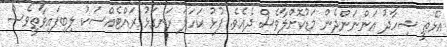
އުޅޭތީ ޝިހާދު އަންނަންދެން މަޑުކޮށްލާވެސް ދެއެވެ. ފުޅު ކަހަލަ ރަނގަޅު ރައްޓެއްސަކު ލިބިފައިވާތީވެސް